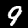
Label: 9